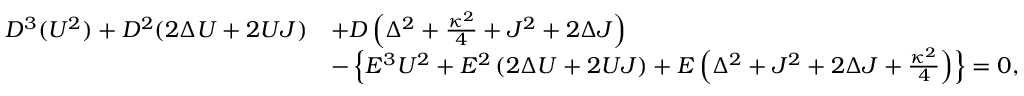
\begin{array} { r l } { D ^ { 3 } ( U ^ { 2 } ) + D ^ { 2 } ( 2 \Delta U + 2 U J ) } & { + D \left( \Delta ^ { 2 } + \frac { \kappa ^ { 2 } } { 4 } + J ^ { 2 } + 2 \Delta J \right) } \\ & { - \left\{ E ^ { 3 } U ^ { 2 } + E ^ { 2 } \left( 2 \Delta U + 2 U J \right) + E \left( \Delta ^ { 2 } + J ^ { 2 } + 2 \Delta J + \frac { \kappa ^ { 2 } } { 4 } \right) \right\} = 0 , } \end{array}